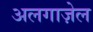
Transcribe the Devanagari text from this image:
अलगाज़ेल